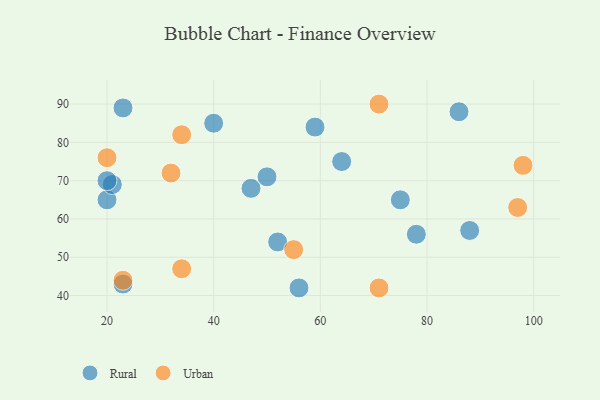
{"axis": {"x": "GDP", "y": "Life Expectancy"}, "legend": ["Rural", "Urban"], "data": [{"x": "86", "y": 88, "type": "Rural"}, {"x": "59", "y": 84, "type": "Rural"}, {"x": "75", "y": 65, "type": "Rural"}, {"x": "56", "y": 42, "type": "Rural"}, {"x": "47", "y": 68, "type": "Rural"}, {"x": "20", "y": 65, "type": "Rural"}, {"x": "78", "y": 56, "type": "Rural"}, {"x": "40", "y": 85, "type": "Rural"}, {"x": "50", "y": 71, "type": "Rural"}, {"x": "23", "y": 43, "type": "Rural"}, {"x": "21", "y": 69, "type": "Rural"}, {"x": "64", "y": 75, "type": "Rural"}, {"x": "88", "y": 57, "type": "Rural"}, {"x": "52", "y": 54, "type": "Rural"}, {"x": "23", "y": 89, "type": "Rural"}, {"x": "20", "y": 70, "type": "Rural"}, {"x": "97", "y": 63, "type": "Urban"}, {"x": "34", "y": 47, "type": "Urban"}, {"x": "71", "y": 42, "type": "Urban"}, {"x": "34", "y": 82, "type": "Urban"}, {"x": "55", "y": 52, "type": "Urban"}, {"x": "23", "y": 44, "type": "Urban"}, {"x": "98", "y": 74, "type": "Urban"}, {"x": "71", "y": 90, "type": "Urban"}, {"x": "32", "y": 72, "type": "Urban"}, {"x": "20", "y": 76, "type": "Urban"}]}